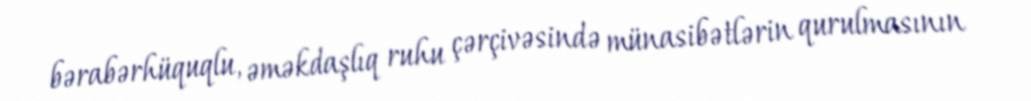
bərabərhüquqlu, əməkdaşlıq ruhu çərçivəsində münasibətlərin qurulmasının